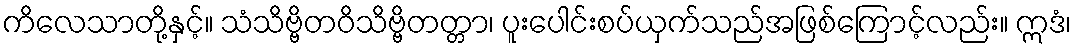
ကိလေသာတို့နှင့်။ သံသိဗ္ဗိတဝိသိဗ္ဗိတတ္တာ၊ ပူးပေါင်းစပ်ယှက်သည်အဖြစ်ကြောင့်လည်း။ ဣဒံ၊